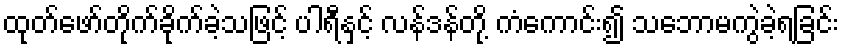
ထုတ်ဖော်တိုက်ခိုက်ခဲ့သဖြင့် ပါရီနှင့် လန်ဒန်တို့ ကံကောင်း၍ သဘောမကွဲခဲ့ရခြင်း